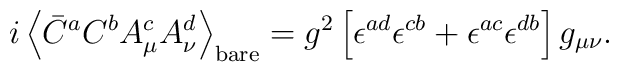
i\left<\bar C^aC^bA_\mu^cA_\nu^d\right>_{\rm bare}  =g^2\left[\epsilon^{ad}\epsilon^{cb}            +\epsilon^{ac}\epsilon^{db}\right]g_{\mu\nu}.